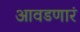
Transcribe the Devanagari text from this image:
आवडणारं